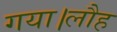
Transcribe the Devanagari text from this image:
गया।लौह